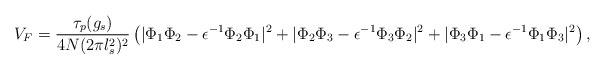
\begin{align*}V_F = \frac{\tau_p(g_s)}{4N(2\pi l_s^2)^2} \left( |\Phi_1\Phi_2 - \epsilon^{-1}\Phi_2 \Phi_1|^2 + |\Phi_2 \Phi_3 -\epsilon^{-1}\Phi_3 \Phi_2|^2 + |\Phi_3 \Phi_1 -\epsilon^{-1}\Phi_1 \Phi_3|^2 \right) , \end{align*}